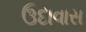
ઉદાવાસ